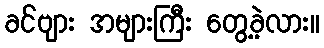
ခင်ဗျား အများကြီး တွေ့ခဲ့လား။